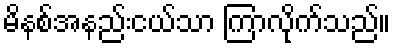
မိနစ်အနည်းငယ်သာ ကြာလိုက်သည်။